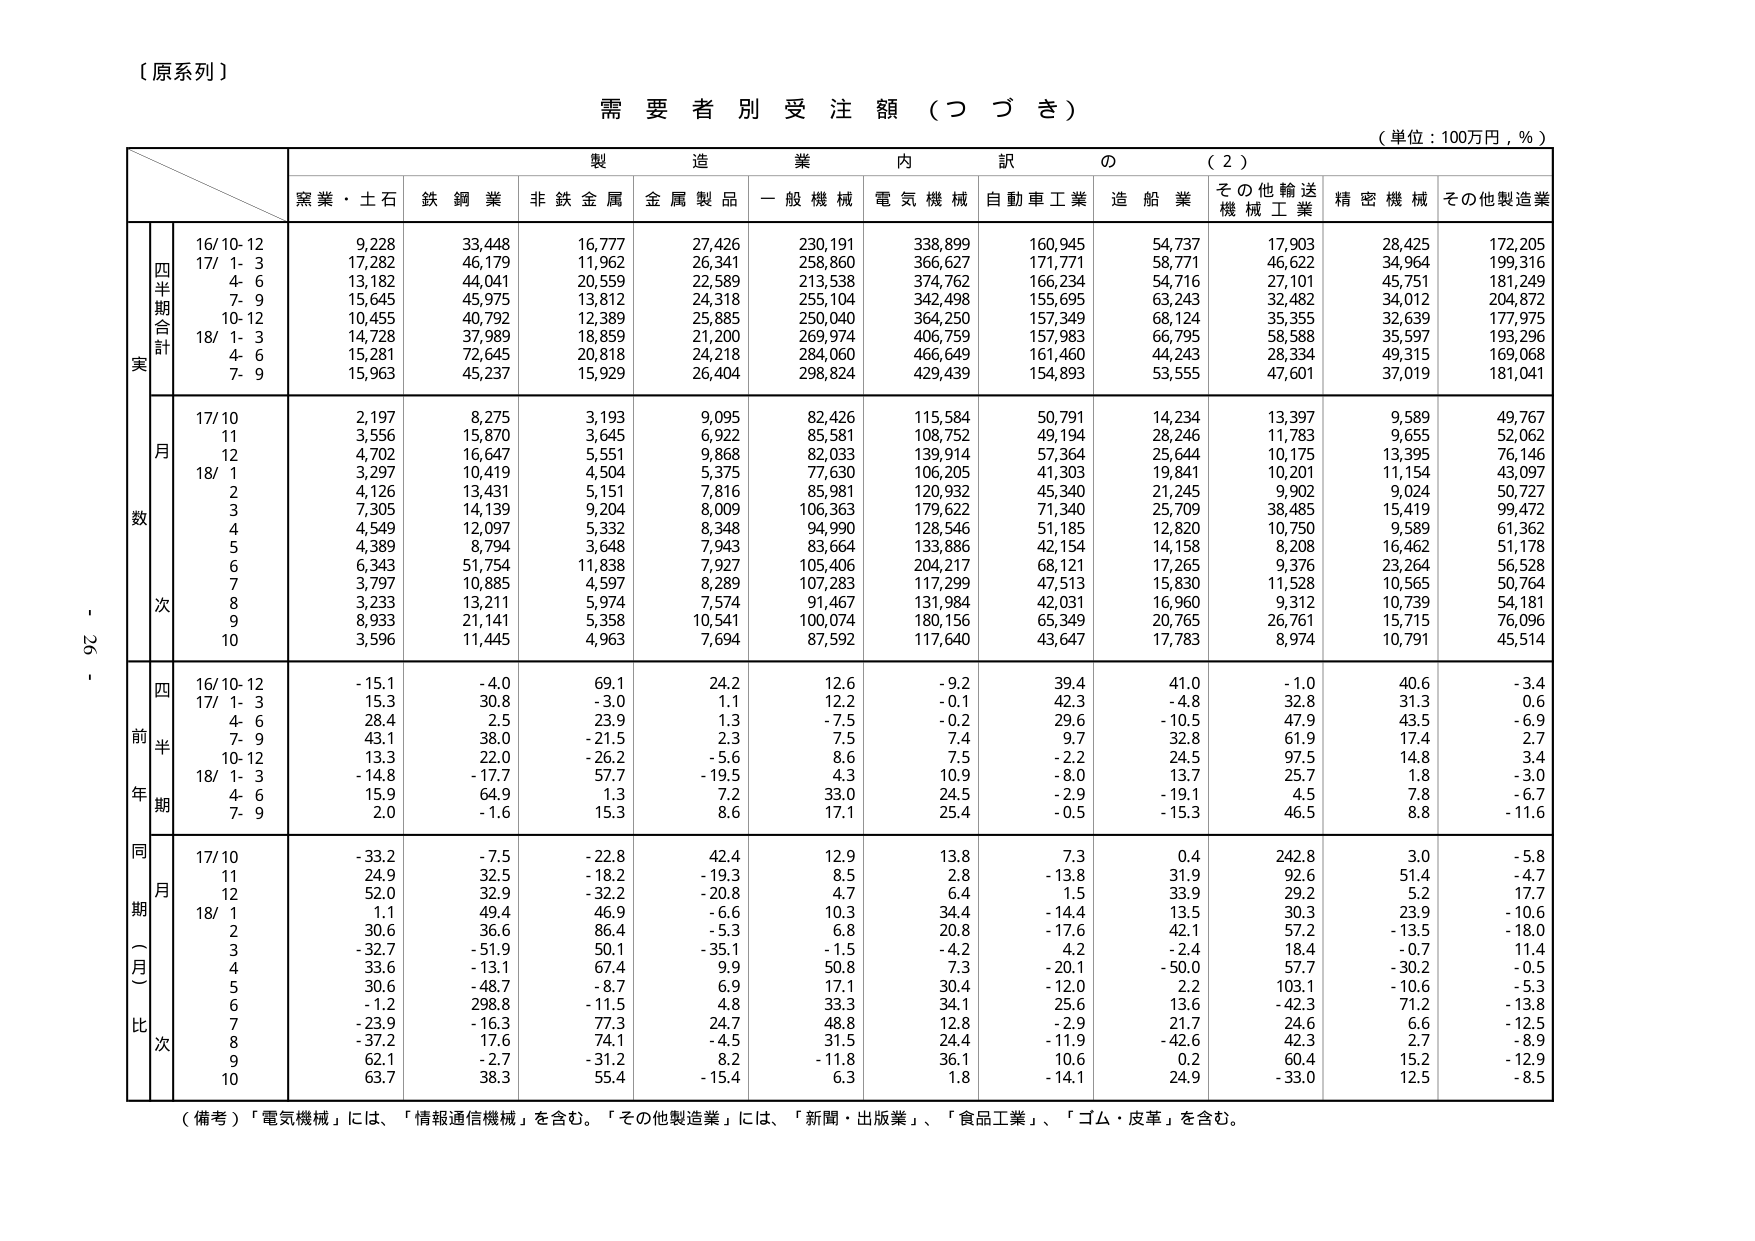
【原系列】

需要者別受注額（つづき）

（単位：100万円，％）

製造業内訳の（2）

　　窯業・土石　鉄鋼業　非鉄金属　金属製品　一般機械　電気機械　自動車工業　造船業　その他輸送機械工業　精密機械　その他製造業

　　四半期合計
　　実
　　　16/10-12　　　9,228　　33,448　　16,777　　27,426　　230,191　　338,899　　160,945　　54,737　　17,903　　28,425　　172,205
　　　17/ 1- 3　　17,282　　46,179　　11,962　　26,341　　258,860　　366,627　　171,771　　58,771　　46,622　　34,964　　199,316
　　　　　4- 6　　13,182　　44,041　　20,559　　22,589　　213,538　　374,762　　166,234　　54,716　　27,101　　45,751　　181,249
　　　　　7- 9　　15,645　　45,975　　13,812　　24,318　　255,104　　342,498　　155,695　　63,243　　32,482　　34,012　　204,872
　　　　10-12　　10,455　　40,792　　12,389　　25,885　　250,040　　364,250　　157,349　　68,124　　35,355　　32,639　　177,975
　　18/ 1- 3　　14,728　　37,989　　18,859　　21,200　　269,974　　406,759　　157,983　　66,795　　58,588　　35,597　　193,296
　　　　　4- 6　　15,281　　72,645　　20,818　　24,218　　284,060　　466,649　　161,460　　44,243　　28,334　　49,315　　169,068
　　　　　7- 9　　15,963　　45,237　　15,929　　26,404　　298,824　　429,439　　154,893　　53,555　　47,601　　37,019　　181,041

　　月
　　数
　　　17/10　　　2,197　　8,275　　3,193　　9,095　　82,426　　115,584　　50,791　　14,234　　13,397　　9,589　　49,767
　　　11　　　3,556　　15,870　　3,645　　6,922　　85,581　　108,752　　49,194　　28,246　　11,783　　9,655　　52,062
　　　12　　　4,702　　16,647　　5,551　　9,868　　82,033　　139,914　　57,364　　25,644　　10,175　　13,395　　76,146
　　18/ 1　　　3,297　　10,419　　4,504　　5,375　　77,630　　106,205　　41,303　　19,841　　10,201　　11,154　　43,097
　　　 2　　　4,126　　13,431　　5,151　　7,816　　85,981　　120,932　　45,340　　21,245　　9,902　　9,024　　50,727
　　　 3　　　7,305　　14,139　　9,204　　8,009　　106,363　　179,622　　71,340　　25,709　　38,485　　15,419　　99,472
　　　 4　　　4,549　　12,097　　5,332　　8,348　　94,990　　128,546　　51,185　　12,820　　10,750　　9,589　　61,362
　　　 5　　　4,389　　8,794　　3,648　　7,943　　83,664　　133,886　　42,154　　14,158　　8,208　　16,462　　51,178
　　　 6　　　6,343　　51,754　　11,838　　7,927　　105,406　　204,217　　68,121　　17,265　　9,376　　23,264　　56,528
　　　 7　　　3,797　　10,885　　4,597　　8,289　　107,283　　117,299　　47,513　　15,830　　11,528　　10,565　　50,764
　　　 8　　　3,233　　13,211　　5,974　　7,574　　91,467　　131,984　　42,031　　16,960　　9,312　　10,739　　54,181
　　　 9　　　8,933　　21,141　　5,358　　10,541　　100,074　　180,156　　65,349　　20,765　　26,761　　15,715　　76,096
　　　10　　　3,596　　11,445　　4,963　　7,694　　87,592　　117,640　　43,647　　17,783　　8,974　　10,791　　45,514

　　四
　　前半
　　年期
　　　16/10-12　　-15.1　　-4.0　　69.1　　24.2　　12.6　　-9.2　　39.4　　41.0　　-1.0　　40.6　　-3.4
　　　17/ 1- 3　　15.3　　30.8　　-3.0　　1.1　　12.2　　-0.1　　42.3　　-4.8　　32.8　　31.3　　0.6
　　　　　4- 6　　28.4　　2.5　　23.9　　1.3　　-7.5　　-0.2　　29.6　　-10.5　　47.9　　43.5　　-6.9
　　　　　7- 9　　43.1　　38.0　　-21.5　　2.3　　7.5　　7.4　　9.7　　32.8　　61.9　　17.4　　2.7
　　　　10-12　　13.3　　22.0　　-26.2　　-5.6　　8.6　　7.5　　-2.2　　24.5　　97.5　　14.8　　3.4
　　18/ 1- 3　　-14.8　　-17.7　　57.7　　-19.5　　4.3　　10.9　　-8.0　　13.7　　25.7　　1.8　　-3.0
　　　　　4- 6　　15.9　　64.9　　1.3　　7.2　　33.0　　24.5　　-2.9　　-19.1　　4.5　　7.8　　-6.7
　　　　　7- 9　　2.0　　-1.6　　15.3　　8.6　　17.1　　25.4　　-0.5　　-15.3　　46.5　　8.8　　-11.6

　　同期（一月）比
　　次
　　　17/10　　-33.2　　-7.5　　-22.8　　42.4　　12.9　　13.8　　7.3　　0.4　　242.8　　3.0　　-5.8
　　　11　　24.9　　32.5　　-18.2　　-19.3　　8.5　　2.8　　-13.8　　31.9　　92.6　　51.4　　-4.7
　　　12　　52.0　　32.9　　-32.2　　-20.8　　4.7　　6.4　　1.5　　33.9　　29.2　　5.2　　17.7
　　18/ 1　　1.1　　49.4　　46.9　　-6.6　　10.3　　34.4　　-14.4　　13.5　　30.3　　23.9　　-10.6
　　　 2　　30.6　　36.6　　86.4　　-5.3　　6.8　　20.8　　-17.6　　42.1　　57.2　　-13.5　　-18.0
　　　 3　　-32.7　　-51.9　　50.1　　-35.1　　-1.5　　-4.2　　4.2　　-2.4　　18.4　　-0.7　　11.4
　　　 4　　33.6　　-13.1　　67.4　　9.9　　50.8　　7.3　　-20.1　　-50.0　　57.7　　-30.2　　-0.5
　　　 5　　30.6　　-48.7　　-8.7　　6.9　　17.1　　30.4　　-12.0　　2.2　　103.1　　-10.6　　-5.3
　　　 6　　-1.2　　298.8　　-11.5　　4.8　　33.3　　34.1　　25.6　　13.6　　-42.3　　71.2　　-13.8
　　　 7　　-23.9　　-16.3　　77.3　　24.7　　48.8　　12.8　　-2.9　　21.7　　24.6　　6.6　　-12.5
　　　 8　　-37.2　　17.6　　74.1　　-4.5　　31.5　　24.4　　-11.9　　-42.6　　42.3　　2.7　　-8.9
　　　 9　　62.1　　-2.7　　-31.2　　8.2　　-11.8　　36.1　　10.6　　0.2　　60.4　　15.2　　-12.9
　　　10　　63.7　　38.3　　55.4　　-15.4　　6.3　　1.8　　-14.1　　24.9　　-33.0　　12.5　　-8.5

（備考）「電気機械」には、「情報通信機械」を含む。「その他製造業」には、「新聞・出版業」、「食品工業」、「ゴム・皮革」を含む。